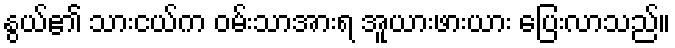
နွယ်၏ သားငယ်က ဝမ်းသာအားရ အူယားဖားယား ပြေးလာသည်။